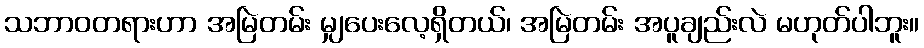
သဘာဝတရားဟာ အမြဲတမ်း မျှပေးလေ့ရှိတယ်၊ အမြဲတမ်း အပူချည်းလဲ မဟုတ်ပါဘူး။